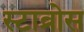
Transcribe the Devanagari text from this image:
स्टाव्रोस